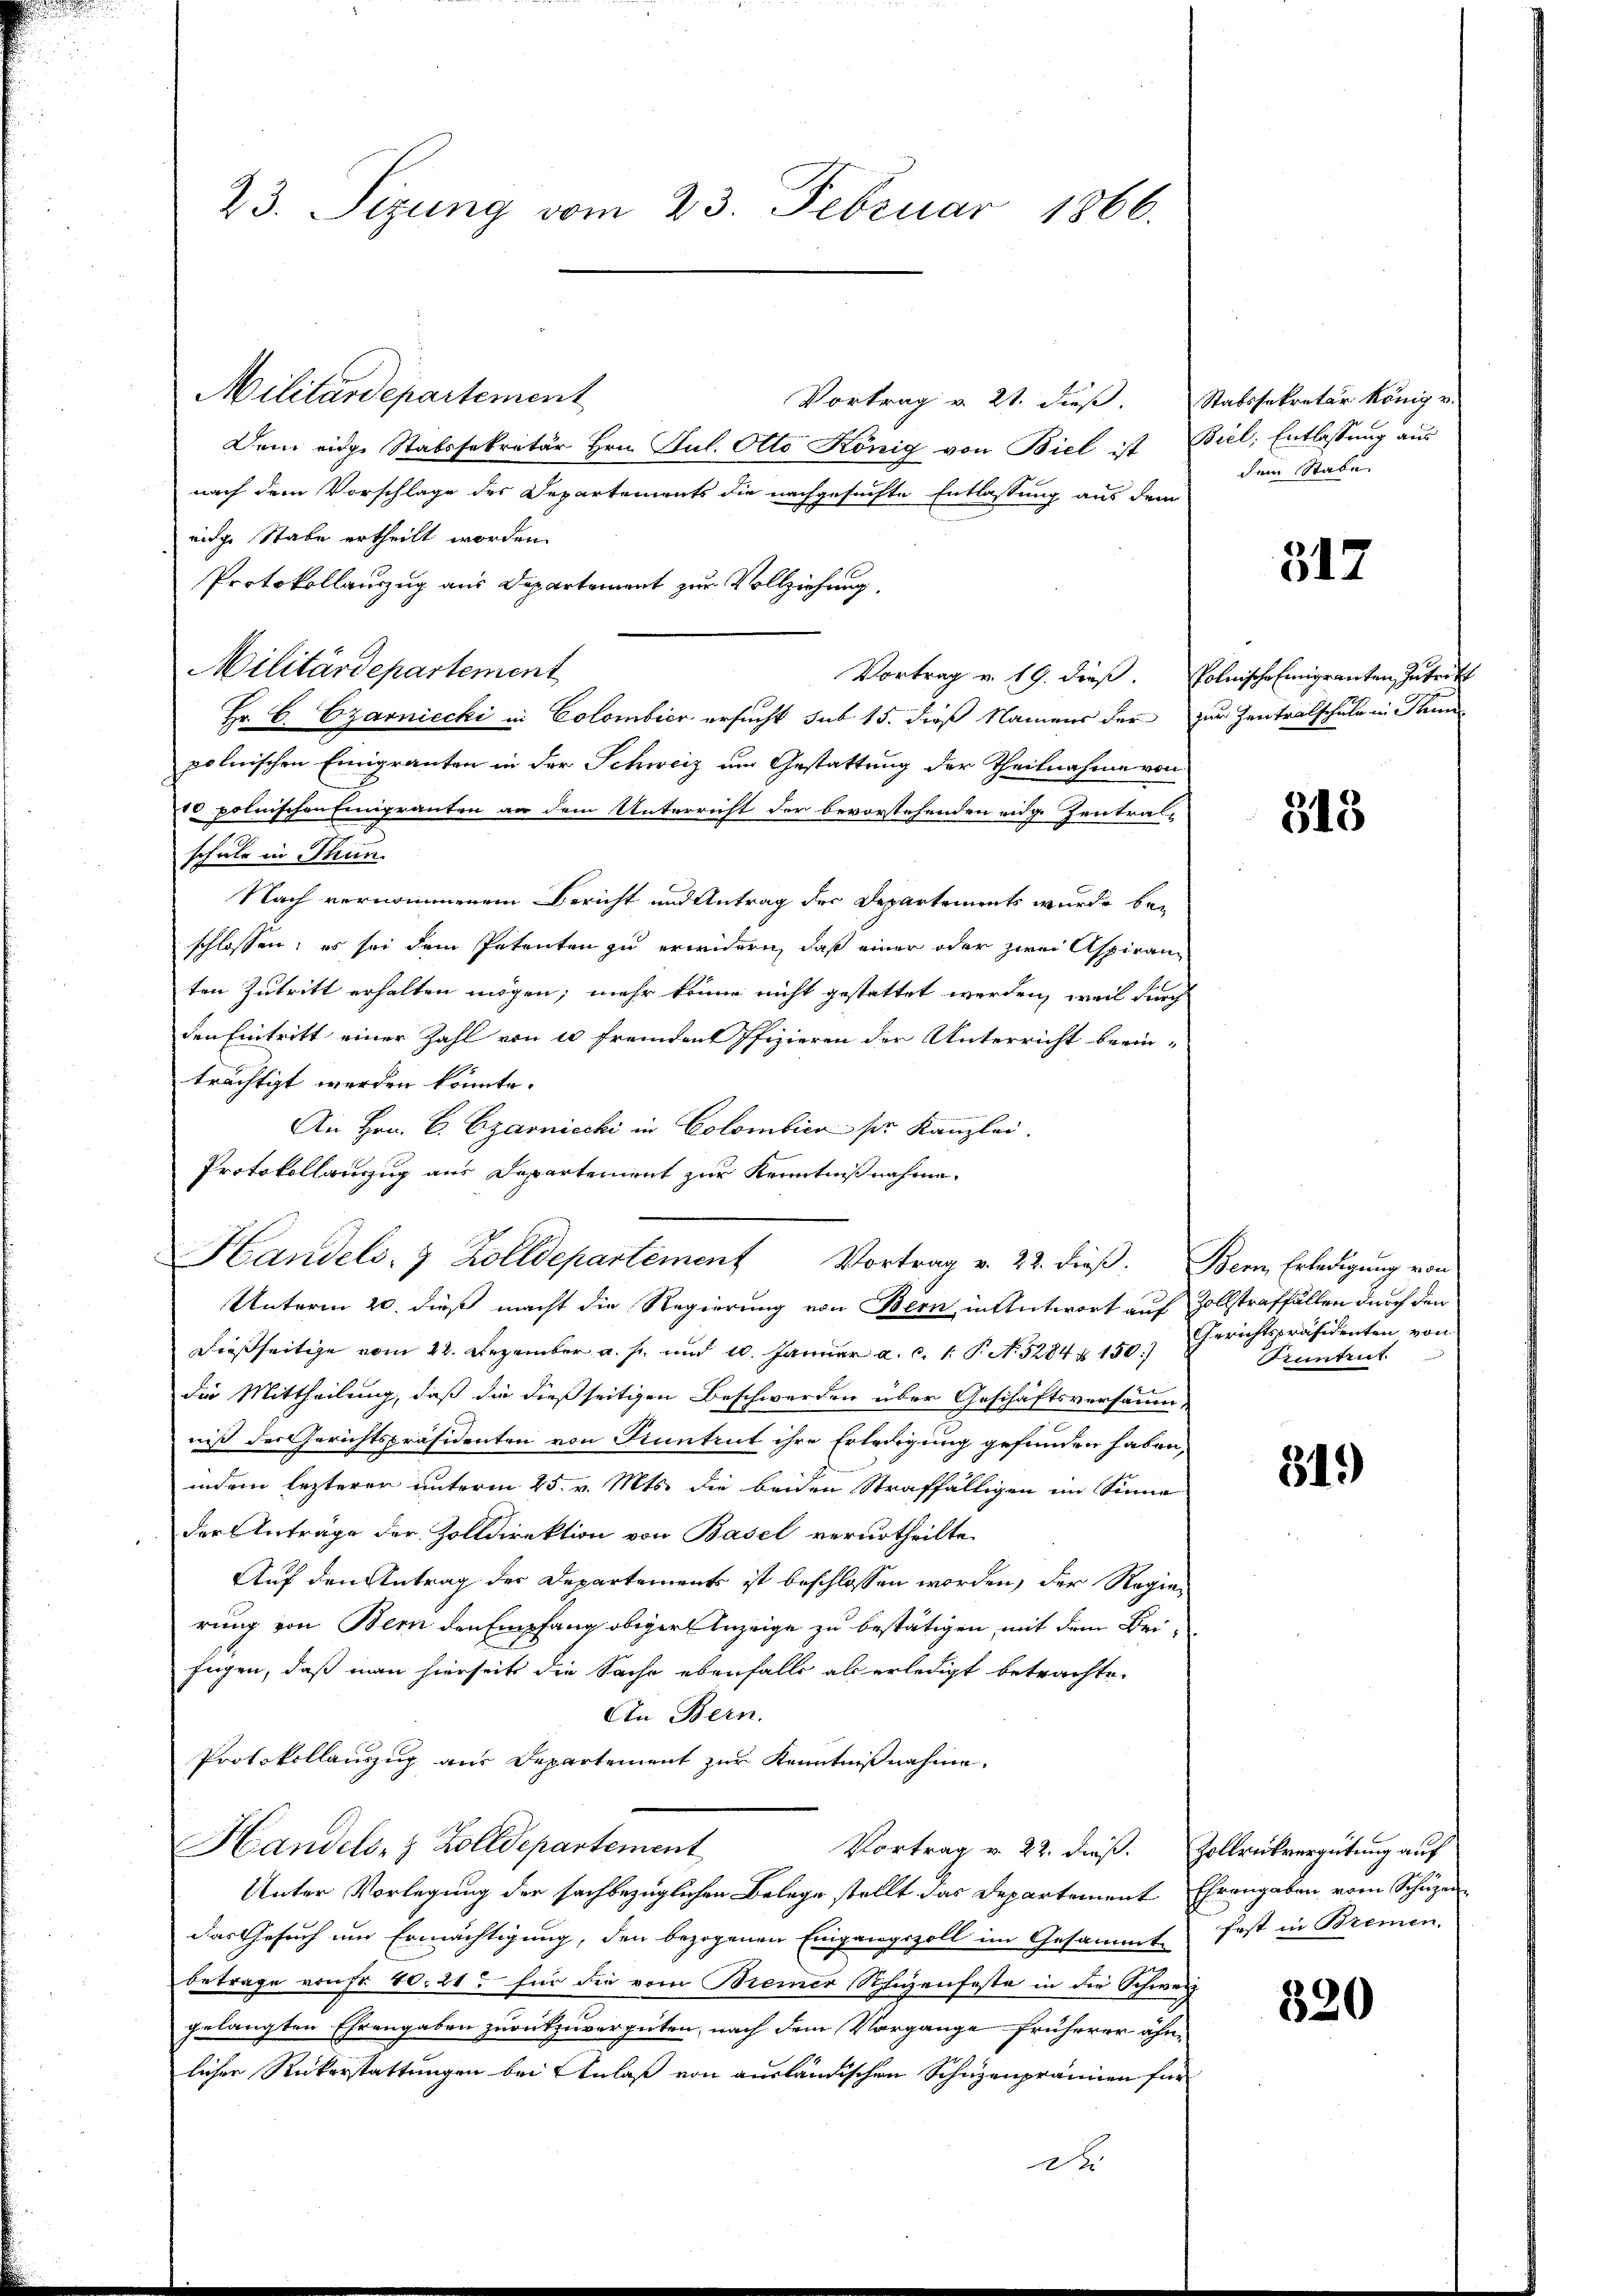
23. Sizung vom 23. Februar 1866.

Militärdepartement
Vortrag v. 21. dieß.
Dein eidge Stabssekretär Hrn. Jul. Otto König von Biel ist Biel, Entlassung aus
nach dem Vorschlage des Departements die nachgesuchte Entlassung aus dem
eige Stabe ertheilt worden.
Protokollanzug aus Departement zur Vollziehung,
Militärdepartement
Hr. C. Czarniecki in Colombier ersucht sub 15. dieß Namens der zur Zentralschule in Thun
polnischen Einigranten in der Schweiz um Gestattung der Theilnahme von
10 polnischen Einigranten an dem Unterricht der bevorstehenden eidg Zentralschule in Thun.
Nach vernommenem Bericht und Antrag der Departements wurde beschlossen; es sei dem Petenten zu erwidern, daß einer oder zwei Aspiranz
ten Zutritt erhalten mögen, mehr könne nicht gestattet werden, weil durch
den Eintritt einer Zahl von 10 fremden Pfizieren der Unterricht brein-
trächtigt werden könnte.
An Hrn. C. Czarnicchi in Colombica pr. Kanzlei.
Protokollanzug aus Departement zur Kenntnißnahme
Unterm 20. dieß macht die Regierung von Bern, in Antwort auf Zollstraffällen durch den
Diesseitige vom 22. Dezember a. s. und 10. Januar a. c. 1. P. N. 5284 x 150)
die Mittheilung, daß die dießseitigen Beschwerden über Geschäftsversammniß der Gerichtspräsidenten von Kuntrut ihre Erledigung gefunden haben,
indem lezterer unterm 25. v. Mts. die beiden Straffälligen im Sinne
der Anträge der Zolldirektion von Basel verurtheilte
Auf den Antrag der Departements ist beschlossen worden, der Regierung von Bern den Empfang obiger Anzeige zu bestätigen, mit dem Beifügen, daß man hierseits die Sache ebenfalls als erledigt betrachte.
An Bern.
Protokollauszug aus Departement zur Kenntnißnahme.
Handels- & Zolldepartement
Vortrag v. 22. dieß. Zollrükvergütung auf
Unter Vorlegung der sachbezüglichen Belege stellt das Departement Ehrengaben vom Schüzen-
das Gesuch um Ermächtigung, den bezogenen Eingangszoll im Gesammt-
betrage vonst 40. 21. für die vom Bremer Schienfeste in die Schweiz
gelangten Ehrengaben zurückzuvergüten, nach dem Vorgange früherer ähnlicher Rückerstattungen bei Anlaß von ausländischen Schüzenprämien für
x

Handels- 7 Zolldepartement Vortrag v. 22. dieß. Bern Erledigung von

Vortrag v. 19. dieß. Polnische Emigranten Zutritt

Statssekretär könig u.
dem Stabe

317

313

Gerichtspräsidenten von
Suntrut

319)

fast in Bremen.

320